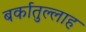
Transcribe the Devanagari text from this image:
बर्कातुल्लाह